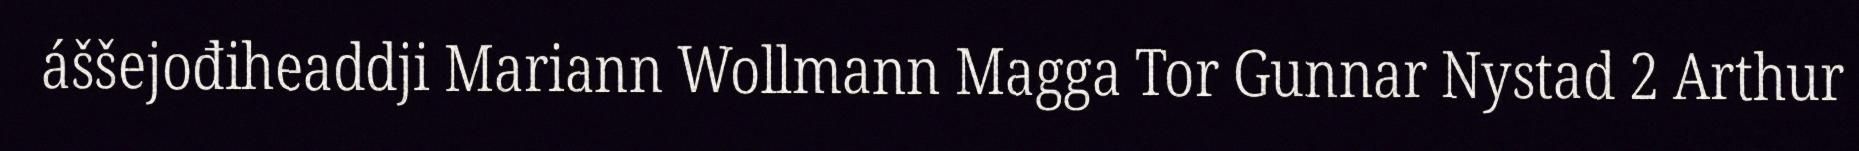
áššejođiheaddji Mariann Wollmann Magga Tor Gunnar Nystad 2 Arthur